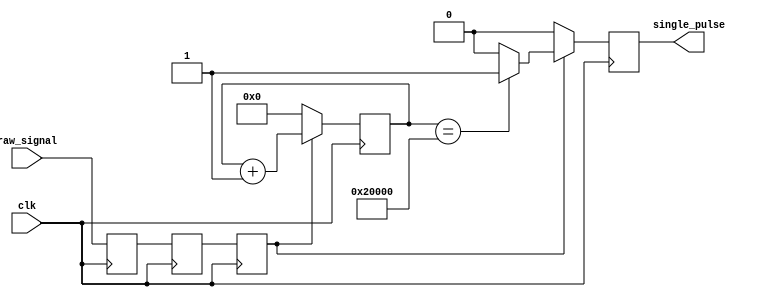
`timescale 1ns / 1ps


//sends 1-tick pulse on posedge (with some delay)
module denoise(
    input clk,
    input raw_signal,
    output reg single_pulse
    );

reg [31:0] cnt;

reg t0, t1, signal;

always @(posedge clk) begin
    t0 <= raw_signal;
    t1 <= t0;
    signal <= t1;
    if (signal) begin
        if (cnt == 32'd1<<17)
            single_pulse <= 1;
        else
            single_pulse <= 0;
        cnt <= cnt + 1;
    end else begin
        cnt <= 0;
        single_pulse <= 0;
    end
end

endmodule